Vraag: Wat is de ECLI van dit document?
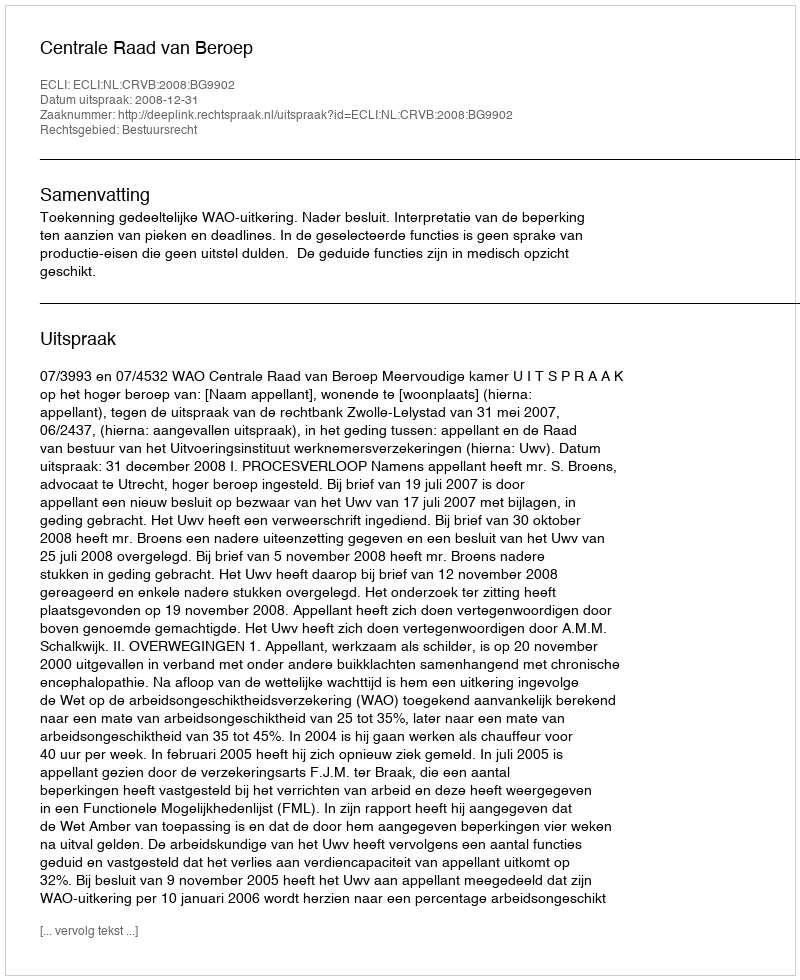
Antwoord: ECLI:NL:CRVB:2008:BG9902